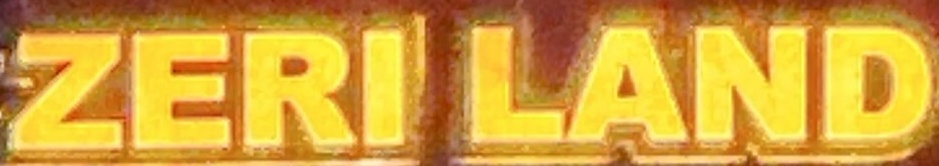
ZERI LAND